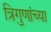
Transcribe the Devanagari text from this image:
त्रिगुणांच्या